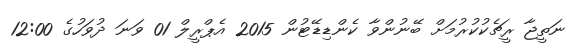
ނަތީޖާ ރީޗެކުކުރުމަށް ބޭނުންވާ ކެންޑިޑޭޓުން 2015 އެޕްރީލް 01 ވަނަ ދުވަހުގެ 12:00